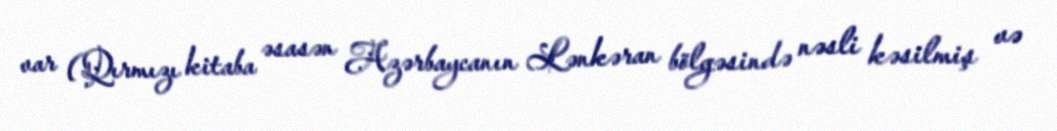
var (Qırmızı kitaba əsasən Azərbaycanın Lənkəran bölgəsində nəsli kəsilmiş və